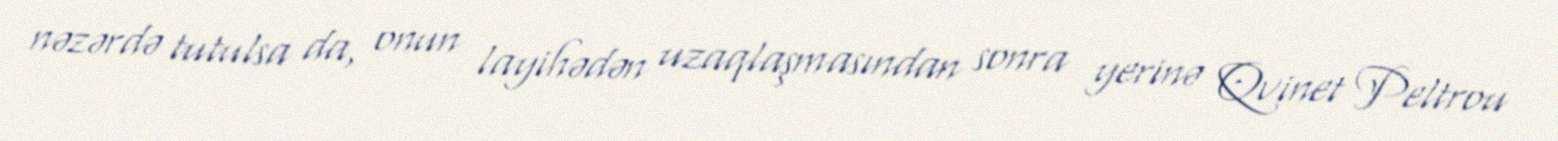
nəzərdə tutulsa da, onun layihədən uzaqlaşmasından sonra yerinə Qvinet Peltrou